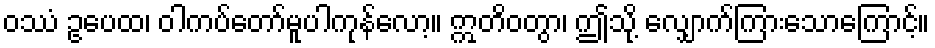
ဝဿံ ဥပေထ၊ ဝါကပ်တော်မူပါကုန်လော့။ ဣတိဝတွာ၊ ဤသို့ လျှောက်ကြားသောကြောင့်။